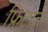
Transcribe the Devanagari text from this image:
फ्रिटाज़